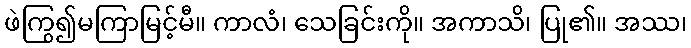
ဖဲကြွ၍မကြာမြင့်မီ။ ကာလံ၊ သေခြင်းကို။ အကာသိ၊ ပြု၏။ အဿ၊